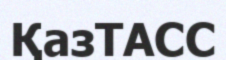
ҚазТАСС